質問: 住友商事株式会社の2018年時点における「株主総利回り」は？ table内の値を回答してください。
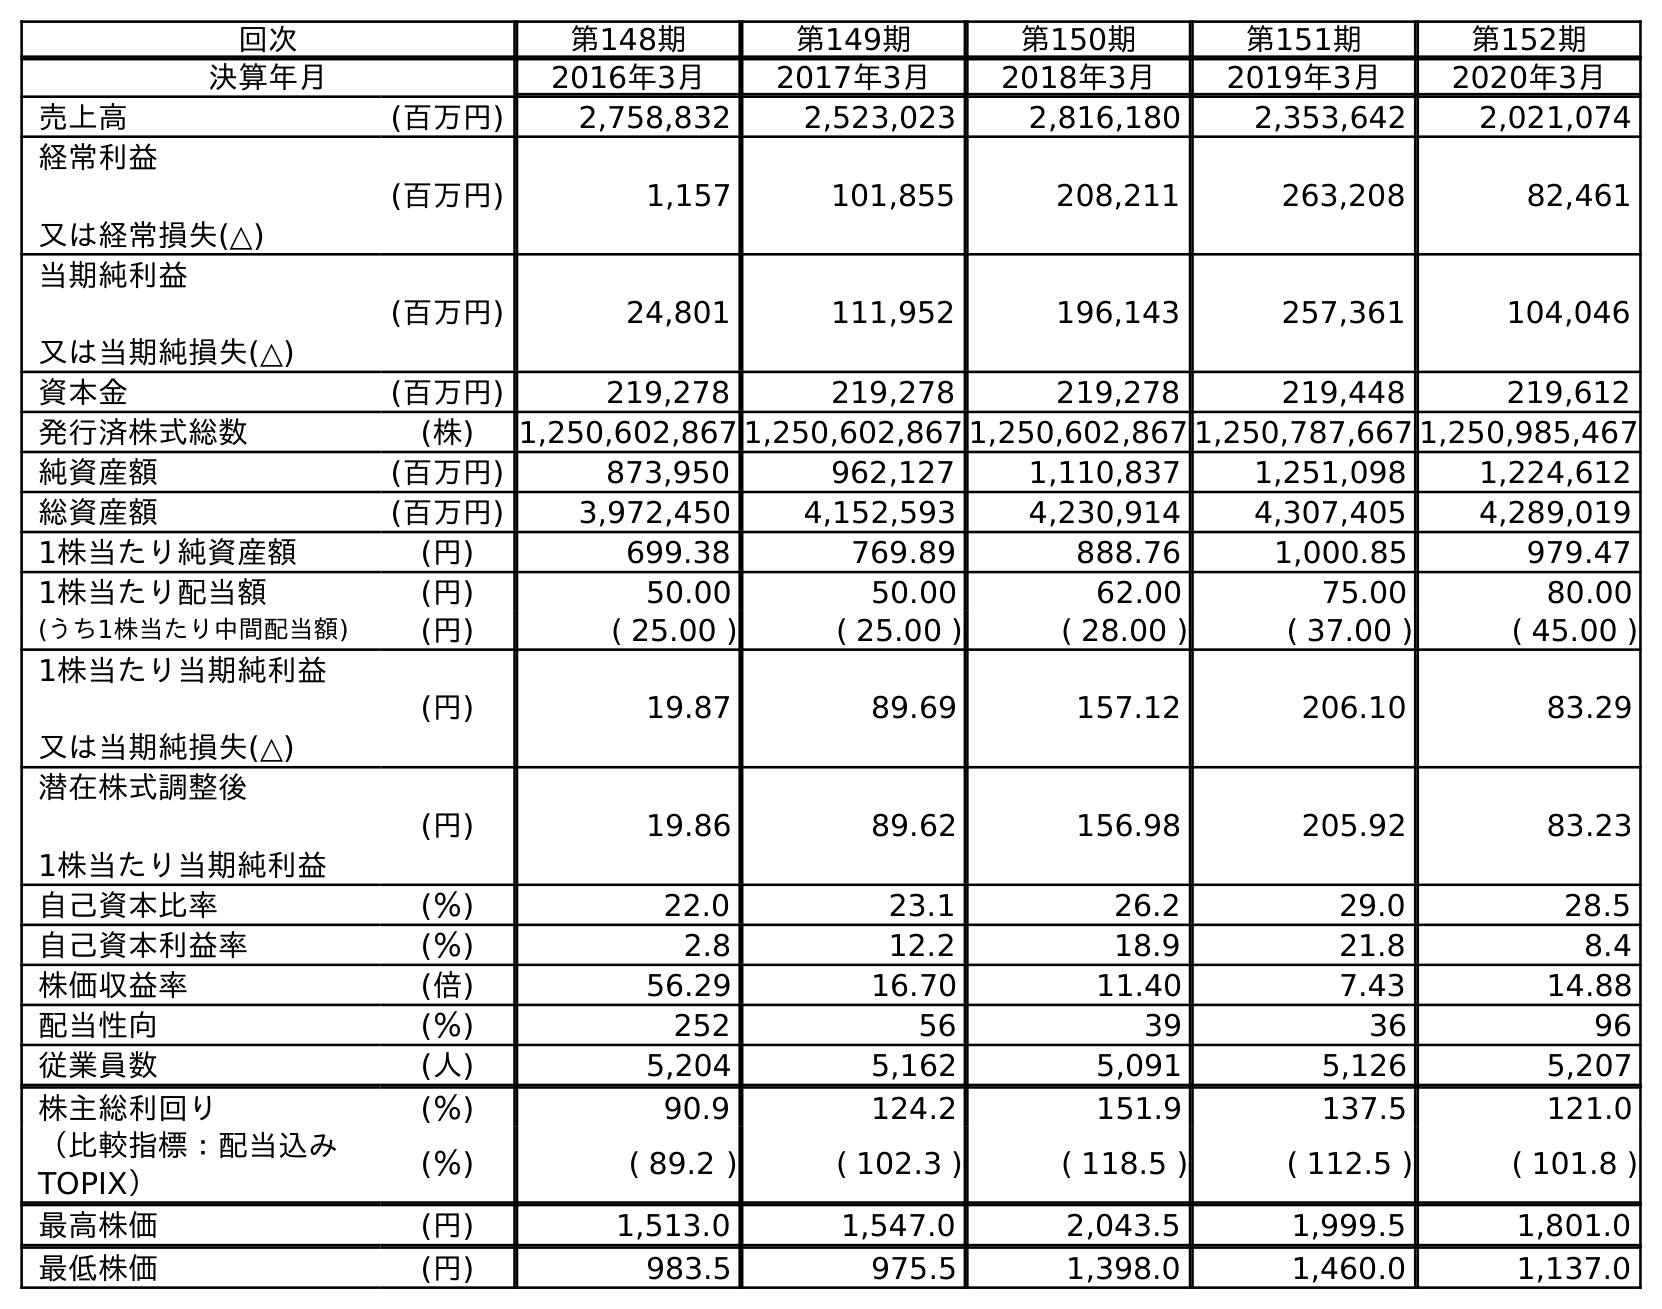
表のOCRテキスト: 回次 第148期 第149期 第150期 第151期 第152期 決算年月 2016年3月 2017年3月 2018年3月 2019年3月 2020年3月 売上高 (百万円) 2,758,832 2,523,023 2,816,180 2,353,642 2,021,074 経常利益 又は経常損失(△) (百万円) 1,157 101,855 208,211 263,208 82,461 当期純利益 又は当期純損失(△) (百万円) 24,801 111,952 196,143 257,361 104,046 資本金 (百万円) 219,278 219,278 219,278 219,448 219,612 発行済株式総数 (株) 1,250,602,867 1,250,602,867 1,250,602,867 1,250,787,667 1,250,985,467 純資産額 (百万円) 873,950 962,127 1,110,837 1,251,098 1,224,612 総資産額 (百万円) 3,972,450 4,152,593 4,230,914 4,307,405 4,289,019 1株当たり純資産額 (円) 699.38 769.89 888.76 1,000.85 979.47 1株当たり配当額 (円) 50.00 50.00 62.00 75.00 80.00 (うち1株当たり中間配当額) (円) ( 25.00 ) ( 25.00 ) ( 28.00 ) ( 37.00 ) ( 45.00 ) 1株当たり当期純利益 又は当期純損失(△) (円) 19.87 89.69 157.12 206.10 83.29 潜在株式調整後 1株当たり当期純利益 (円) 19.86 89.62 156.98 205.92 83.23 自己資本比率 (％) 22.0 23.1 26.2 29.0 28.5 自己資本利益率 (％) 2.8 12.2 18.9 21.8 8.4 株価収益率 (倍) 56.29 16.70 11.40 7.43 14.88 配当性向 (％) 252 56 39 36 96 従業員数 (人) 5,204 5,162 5,091 5,126 5,207 株主総利回り (％) 90.9 124.2 151.9 137.5 121.0 （比較指標：配当込み TOPIX） (％) ( 89.2 ) ( 102.3 ) ( 118.5 ) ( 112.5 ) ( 101.8 ) 最高株価 (円) 1,513.0 1,547.0 2,043.5 1,999.5 1,801.0 最低株価 (円) 983.5 975.5 1,398.0 1,460.0 1,137.0
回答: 151.9